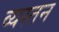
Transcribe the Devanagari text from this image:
व्यस्तन